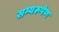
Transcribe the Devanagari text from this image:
सम्यरूपेण